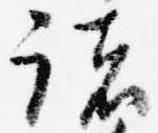
諸